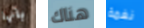
بانها هناك نغمة